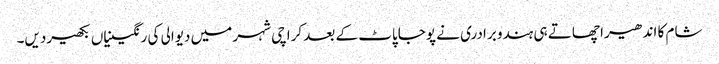
شام کا اندھیرا چھاتے ہی ہندو برادری نے پوجاپاٹ کے بعد کراچی شہر میں دیوالی کی رنگینیاں بکھیردیں۔